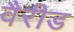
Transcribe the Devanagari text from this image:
वैरीड